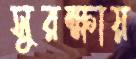
সুরক্ষায়